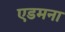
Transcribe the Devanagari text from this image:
एडमना